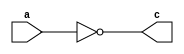
module and2(c, a);
input a;
output c;
assign c=! a;
endmodule